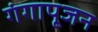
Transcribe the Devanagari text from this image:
गंगापूजन